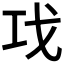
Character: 𰏈